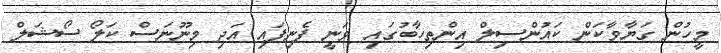
މީހުން ގަޔާވާކަން ކައުންސިލް އިންތިހާބުގައި ވަނީ ފެނިފައި އަދި މިނޫނަސް ކަލޯ ސޯޝަލް